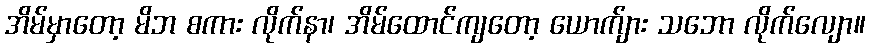
အိမ်မှာတော့ မိဘ စကား လိုက်နာ၊ အိမ်ထောင်ကျတော့ ယောက်ျား သဘော လိုက်လျော။